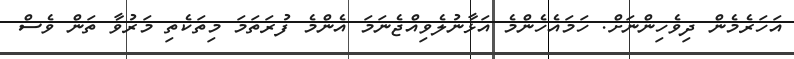
އަހަރެމެން ދިވެހިންނަށް. ހަމައެހެންމެ އަޅާނުލެވިއްޖެނަމަ އެންމެ ފުރަތަމަ މިތަކެތި މަރުވާ ތަން ވެސް